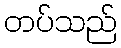
တပ်သည်